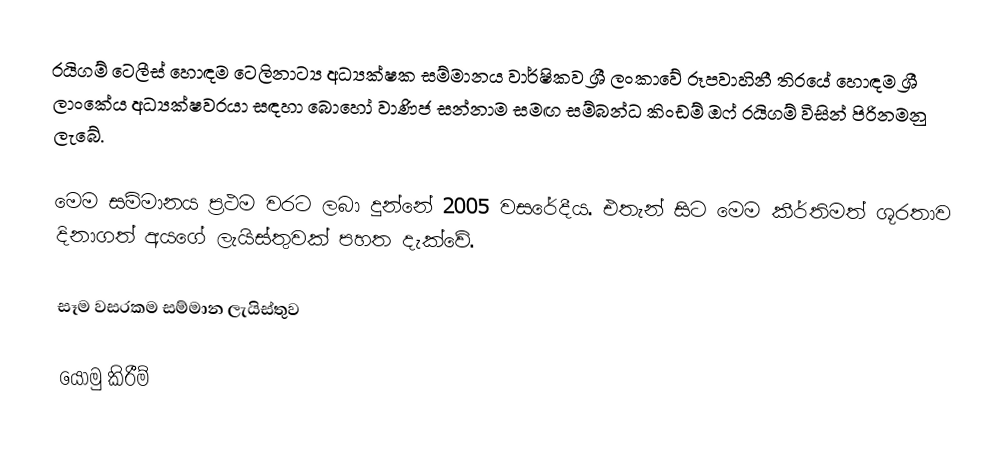
රයිගම් ටෙලීස් හොඳම ටෙලිනාට්‍ය අධ්‍යක්ෂක සම්මානය වාර්ෂිකව ශ්‍රී ලංකාවේ රූපවාහිනී තිරයේ හොඳම ශ්‍රී ලාංකේය අධ්‍යක්ෂවරයා සඳහා බොහෝ වාණිජ සන්නාම සමඟ සම්බන්ධ කිංඩම් ඔෆ් රයිගම් විසින් පිරිනමනු ලැබේ.

මෙම සම්මානය ප්‍රථම වරට ලබා දුන්නේ 2005 වසරේදීය. එතැන් සිට මෙම කීර්තිමත් ශූරතාව දිනාගත් අයගේ ලැයිස්තුවක් පහත දැක්වේ.

සෑම වසරකම සම්මාන ලැයිස්තුව

යොමු කිරීම්